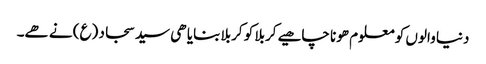
دنیا والوں کو معلوم ھونا چاھیے کربلا کو کربلا بنایا ھی سید سجاد (ع) نے ھے۔